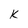
Character: K